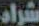
شراء